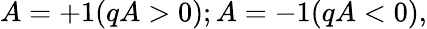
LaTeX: A=+1(qA>0);A=-1(qA<0),